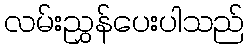
လမ်းညွှန်ပေးပါသည်